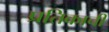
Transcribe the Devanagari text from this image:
प्रतिकाची